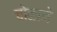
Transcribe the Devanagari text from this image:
चोळाने